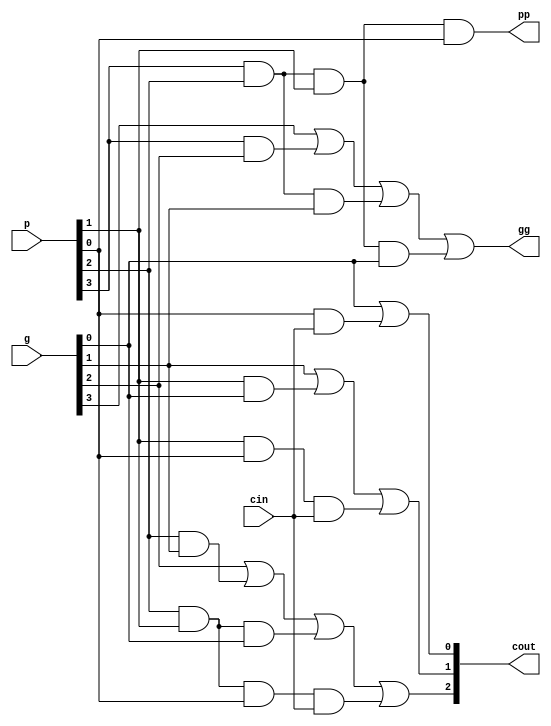
module CLA_logic(g,p,cin,gg,pp,cout);
input [3:0] g,p;
input cin;
output gg,pp;
output [3:1] cout;
wire pp_int, gg_int;


assign cout[1] = g[0] | p[0] & cin;
assign cout[2] = g[1] | (p[1] & g[0]) | (p[1] & p[0] & cin);
assign cout[3] = g[2] | (p[2] & g[1]) | (p[2] & p[1] & g[0]) | (p[2] & p[1] & p[0] & cin);
assign gg_int = g[3] | (p[3] & g[2]) | (p[3] & p[2] & g[1]) | (p[3] & p[2] & p[1] & g[0]);
assign pp_int = p[3] & p[2] & p[1] & p[0];
assign pp = pp_int;
assign gg = gg_int;
endmodule